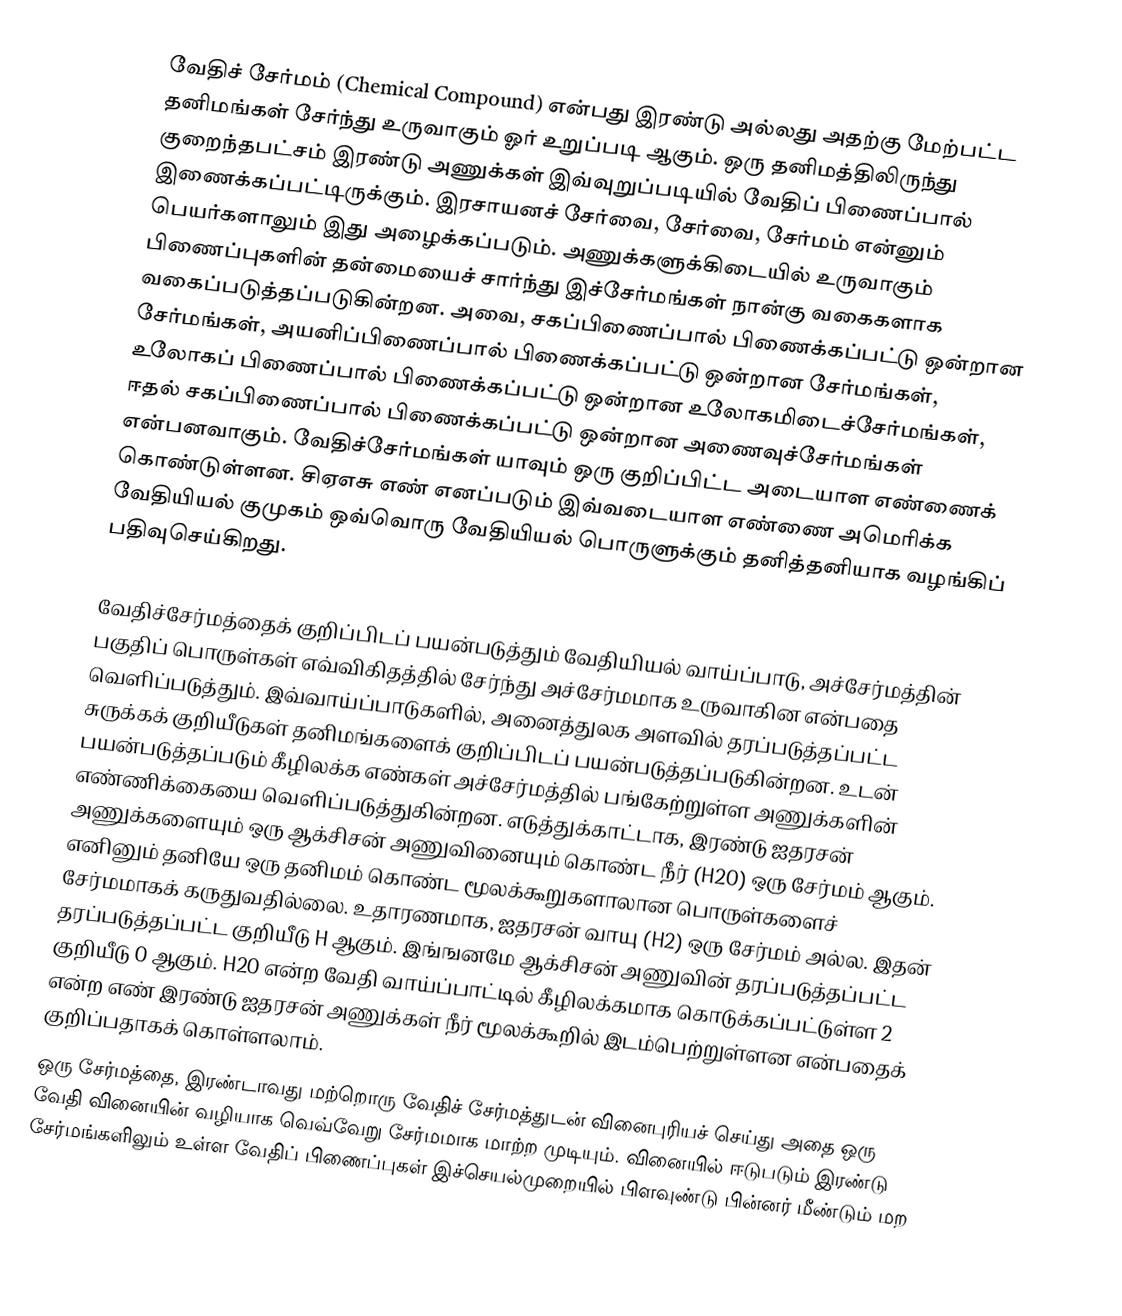
வேதிச் சேர்மம் (Chemical Compound) என்பது இரண்டு அல்லது அதற்கு மேற்பட்ட தனிமங்கள் சேர்ந்து உருவாகும் ஓர் உறுப்படி ஆகும். ஒரு தனிமத்திலிருந்து குறைந்தபட்சம் இரண்டு அணுக்கள் இவ்வுறுப்படியில் வேதிப் பிணைப்பால் இணைக்கப்பட்டிருக்கும். இரசாயனச் சேர்வை, சேர்வை, சேர்மம் என்னும் பெயர்களாலும் இது அழைக்கப்படும். அணுக்களுக்கிடையில் உருவாகும் பிணைப்புகளின் தன்மையைச் சார்ந்து இச்சேர்மங்கள் நான்கு வகைகளாக வகைப்படுத்தப்படுகின்றன. அவை, சகப்பிணைப்பால் பிணைக்கப்பட்டு ஒன்றான சேர்மங்கள், அயனிப்பிணைப்பால் பிணைக்கப்பட்டு ஒன்றான சேர்மங்கள், உலோகப் பிணைப்பால் பிணைக்கப்பட்டு ஒன்றான உலோகமிடைச்சேர்மங்கள், ஈதல் சகப்பிணைப்பால் பிணைக்கப்பட்டு ஒன்றான அணைவுச்சேர்மங்கள் என்பனவாகும். வேதிச்சேர்மங்கள் யாவும் ஒரு குறிப்பிட்ட அடையாள எண்ணைக் கொண்டுள்ளன. சிஏஎசு எண் எனப்படும் இவ்வடையாள எண்ணை அமெரிக்க வேதியியல் குமுகம் ஒவ்வொரு வேதியியல் பொருளுக்கும் தனித்தனியாக வழங்கிப் பதிவுசெய்கிறது.

வேதிச்சேர்மத்தைக் குறிப்பிடப் பயன்படுத்தும் வேதியியல் வாய்ப்பாடு, அச்சேர்மத்தின் பகுதிப் பொருள்கள் எவ்விகிதத்தில் சேர்ந்து அச்சேர்மமாக உருவாகின என்பதை வெளிப்படுத்தும். இவ்வாய்ப்பாடுகளில், அனைத்துலக அளவில் தரப்படுத்தப்பட்ட சுருக்கக் குறியீடுகள் தனிமங்களைக் குறிப்பிடப் பயன்படுத்தப்படுகின்றன. உடன் பயன்படுத்தப்படும் கீழிலக்க எண்கள் அச்சேர்மத்தில் பங்கேற்றுள்ள அணுக்களின் எண்ணிக்கையை வெளிப்படுத்துகின்றன. எடுத்துக்காட்டாக, இரண்டு ஐதரசன் அணுக்களையும் ஒரு ஆக்சிசன் அணுவினையும் கொண்ட நீர் (H2O) ஒரு சேர்மம் ஆகும். எனினும் தனியே ஒரு தனிமம் கொண்ட மூலக்கூறுகளாலான பொருள்களைச் சேர்மமாகக் கருதுவதில்லை. உதாரணமாக, ஐதரசன் வாயு (H2) ஒரு சேர்மம் அல்ல. இதன் தரப்படுத்தப்பட்ட குறியீடு H  ஆகும். இங்ஙனமே ஆக்சிசன் அணுவின் தரப்படுத்தப்பட்ட குறியீடு O ஆகும். H2O என்ற வேதி வாய்ப்பாட்டில் கீழிலக்கமாக கொடுக்கப்பட்டுள்ள 2 என்ற எண் இரண்டு ஐதரசன் அணுக்கள் நீர் மூலக்கூறில் இடம்பெற்றுள்ளன என்பதைக் குறிப்பதாகக் கொள்ளலாம்.
ஒரு சேர்மத்தை, இரண்டாவது மற்றொரு வேதிச் சேர்மத்துடன் வினைபுரியச் செய்து அதை ஒரு வேதி வினையின் வழியாக வெவ்வேறு சேர்மமாக மாற்ற முடியும். வினையில் ஈடுபடும் இரண்டு சேர்மங்களிலும் உள்ள வேதிப் பிணைப்புகள் இச்செயல்முறையில் பிளவுண்டு பின்னர் மீண்டும் மற